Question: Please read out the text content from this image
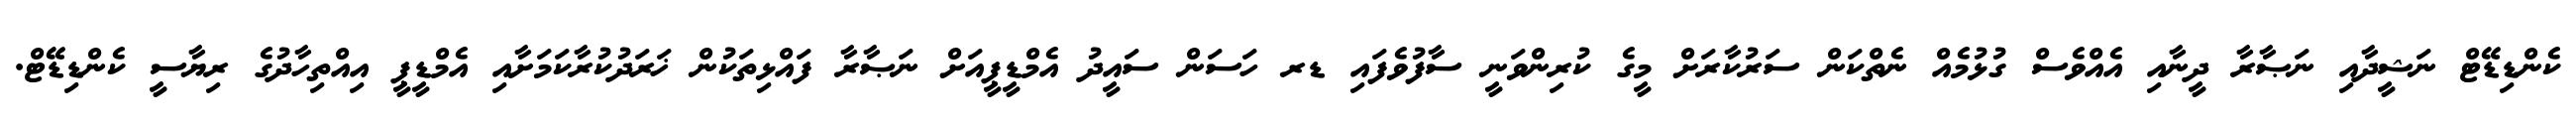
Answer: ކެންޑިޑޭޓް ނަޝީދާއި ނަޞާރާ ދީނާއި އެއްވެސް ގުޅުމެއް ނެތްކަން ސަރުކާރަށް މީގެ ކުރިންވަނީ ސާފުވެފައި ޑރ ހަސަން ސައީދު އެމްޑީޕީއަށް ނަޞާރާ ފައްޅިތަކުން ޚަރަދުކުރާކަމަށާއި އެމްޑީޕީ އިއްތިހާދުގެ ރިޔާސީ ކެންޑިޑޭޓް.